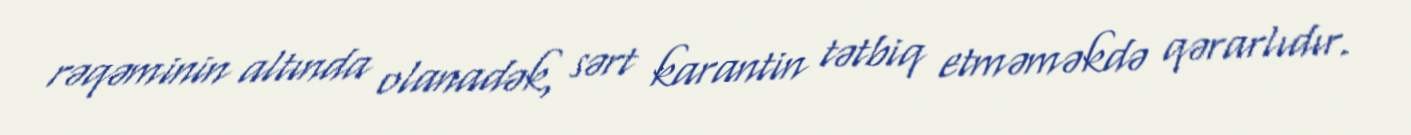
rəqəminin altında olanadək, sərt karantin tətbiq etməməkdə qərarlıdır.